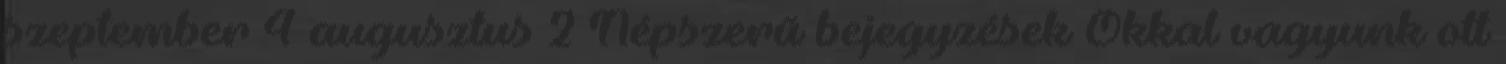
szeptember 4 augusztus 2 Népszerű bejegyzések Okkal vagyunk ott